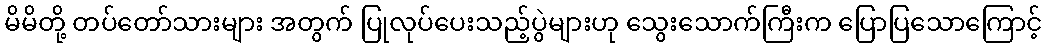
မိမိတို့ တပ်တော်သားများ အတွက် ပြုလုပ်ပေးသည့်ပွဲများဟု သွေးသောက်ကြီးက ပြောပြသောကြောင့်